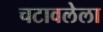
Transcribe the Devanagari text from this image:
चटावलेला